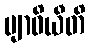
ဗျာဓိယီတိ